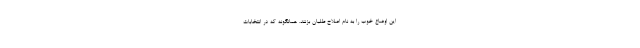
این اوضاع خوب را به نام اصلاح طلبان بزنند. همانگونه که در انتخابات